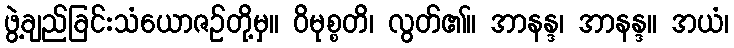
ဖွဲ့ချည်ခြင်းသံယောဇဉ်တို့မှ။ ဝိမုစ္စတိ၊ လွတ်၏။ အာနန္ဒ၊ အာနန္ဒ။ အယံ၊